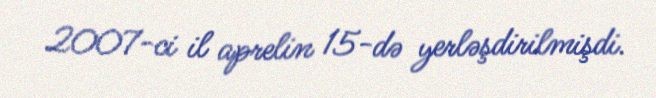
2007-ci il aprelin 15-də yerləşdirilmişdi.